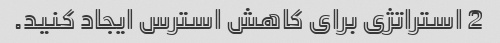
2 استراتژی برای کاهش استرس ایجاد کنید.